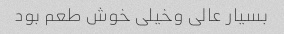
بسیار عالی وخیلی خوش طعم بود